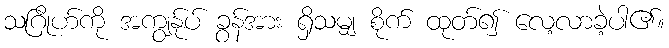
သဂြိုဟ်ကို အကျွန်ုပ် ခွန်အား ရှိသမျှ စိုက် ထုတ်၍ လေ့လာခဲ့ပါ၏။